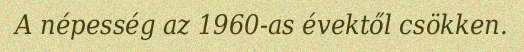
A népesség az 1960-as évektől csökken.